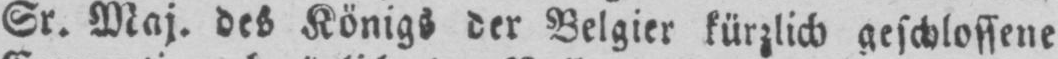
Sr. Maj. des Königs der Belgier kürzlich geschlossene